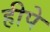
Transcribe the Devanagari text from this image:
हीपे